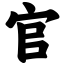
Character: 官